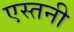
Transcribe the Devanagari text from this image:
एस्तनी